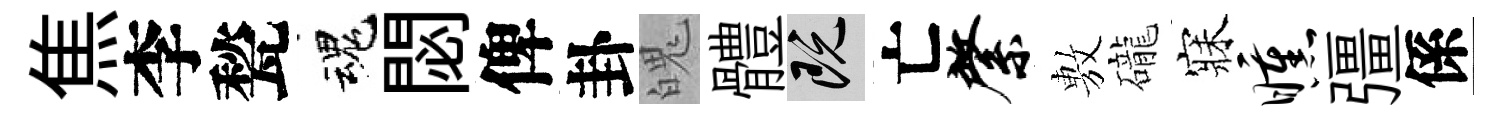
焦李甃魂閟俾卦魄體既亡綮𢾾礲寐曛彊係